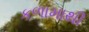
કળામાથી